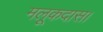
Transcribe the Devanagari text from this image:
मलूकदास।